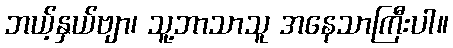
ဘယ့်နှယ်ဗျာ၊ သူ့ဘာသာသူ အနေသာကြီးပါ။